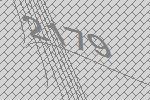
2179